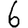
Digit: 6